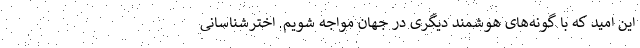
این امید که با گونه‌های هوشمند دیگری در جهان مواجه شویم. اخترشناسانی